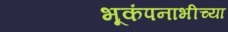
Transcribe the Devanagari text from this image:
भूकंपनाभीच्या